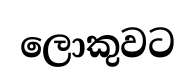
ලොකුවට